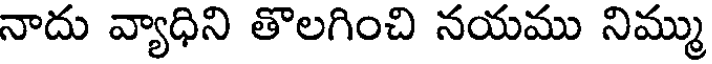
నాదు వ్యాధిని తొలగించి నయము నిమ్ము